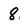
Character: 8